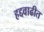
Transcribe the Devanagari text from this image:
हद्दवाढीत